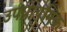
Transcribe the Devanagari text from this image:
उपप्राथमिक